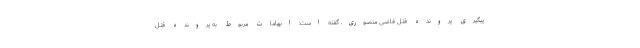
پیگیری پرونده قتل قاضی منصوری، گفته است: ابهامات مربوط به پرونده قتل